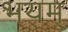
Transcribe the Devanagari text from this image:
भयम्